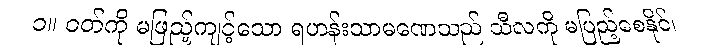
၁။ ဝတ်ကို မဖြည့်ကျင့်သော ရဟန်းသာမဏေသည် သီလကို မပြည့်စေနိုင်၊